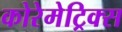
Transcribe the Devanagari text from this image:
कोरेमेट्रिक्स